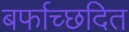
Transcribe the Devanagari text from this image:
बर्फाच्छदित